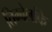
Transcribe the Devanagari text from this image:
तिम्बेर्लाके